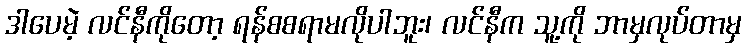
ဒါပေမဲ့ လင်နီကိုတော့ ရန်စစရာမလိုပါဘူး၊ လင်နီက သူ့ကို ဘာမှလုပ်တာမှ